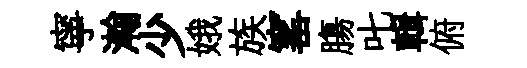
寧瀚少娥族窰膓叱輯俯